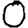
Digit: 0